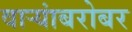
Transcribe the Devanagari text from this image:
वाऱ्यांबरोबर